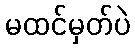
မထင်မှတ်ပဲ